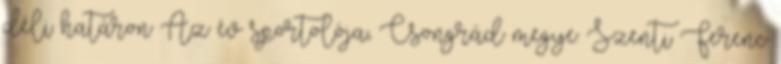
déli határon Az év sportolója, Csongrád megye: Szenti Ferenc